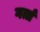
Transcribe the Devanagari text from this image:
गर्त्त